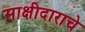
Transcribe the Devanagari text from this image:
साक्षीदाराचे